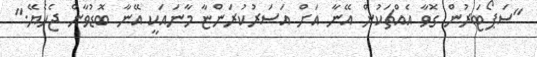
"ސަޕޯޓަރުން ގޮވާ އެއްޗަކުން އޭނާ އަށް އަސަރުކުރަންޏާ މާނައަކީ އޭނާ ބޮޑުވާން ޖެހެޔޭ."